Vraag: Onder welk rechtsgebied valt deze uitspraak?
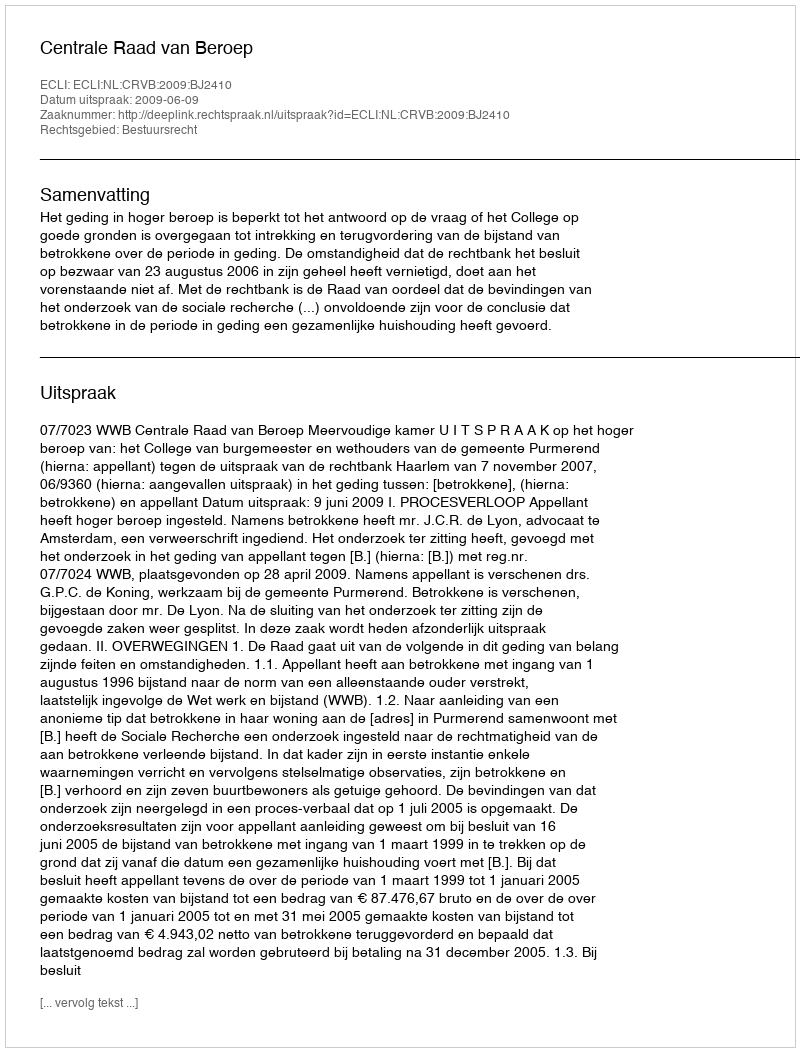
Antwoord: Bestuursrecht